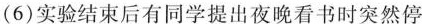
(6)实验结束后有同学提出夜晚看书时突然停